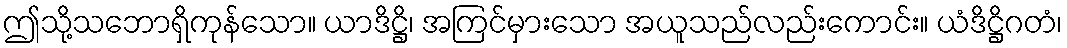
ဤသို့သဘောရှိကုန်သော။ ယာဒိဋ္ဌိ၊ အကြင်မှားသော အယူသည်လည်းကောင်း။ ယံဒိဋ္ဌိဂတံ၊